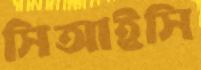
সিআইসি